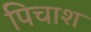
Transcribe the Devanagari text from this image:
पिचाश